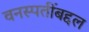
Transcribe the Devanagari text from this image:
वनस्पतींबद्दल